EAOK_Sinod, lk 21
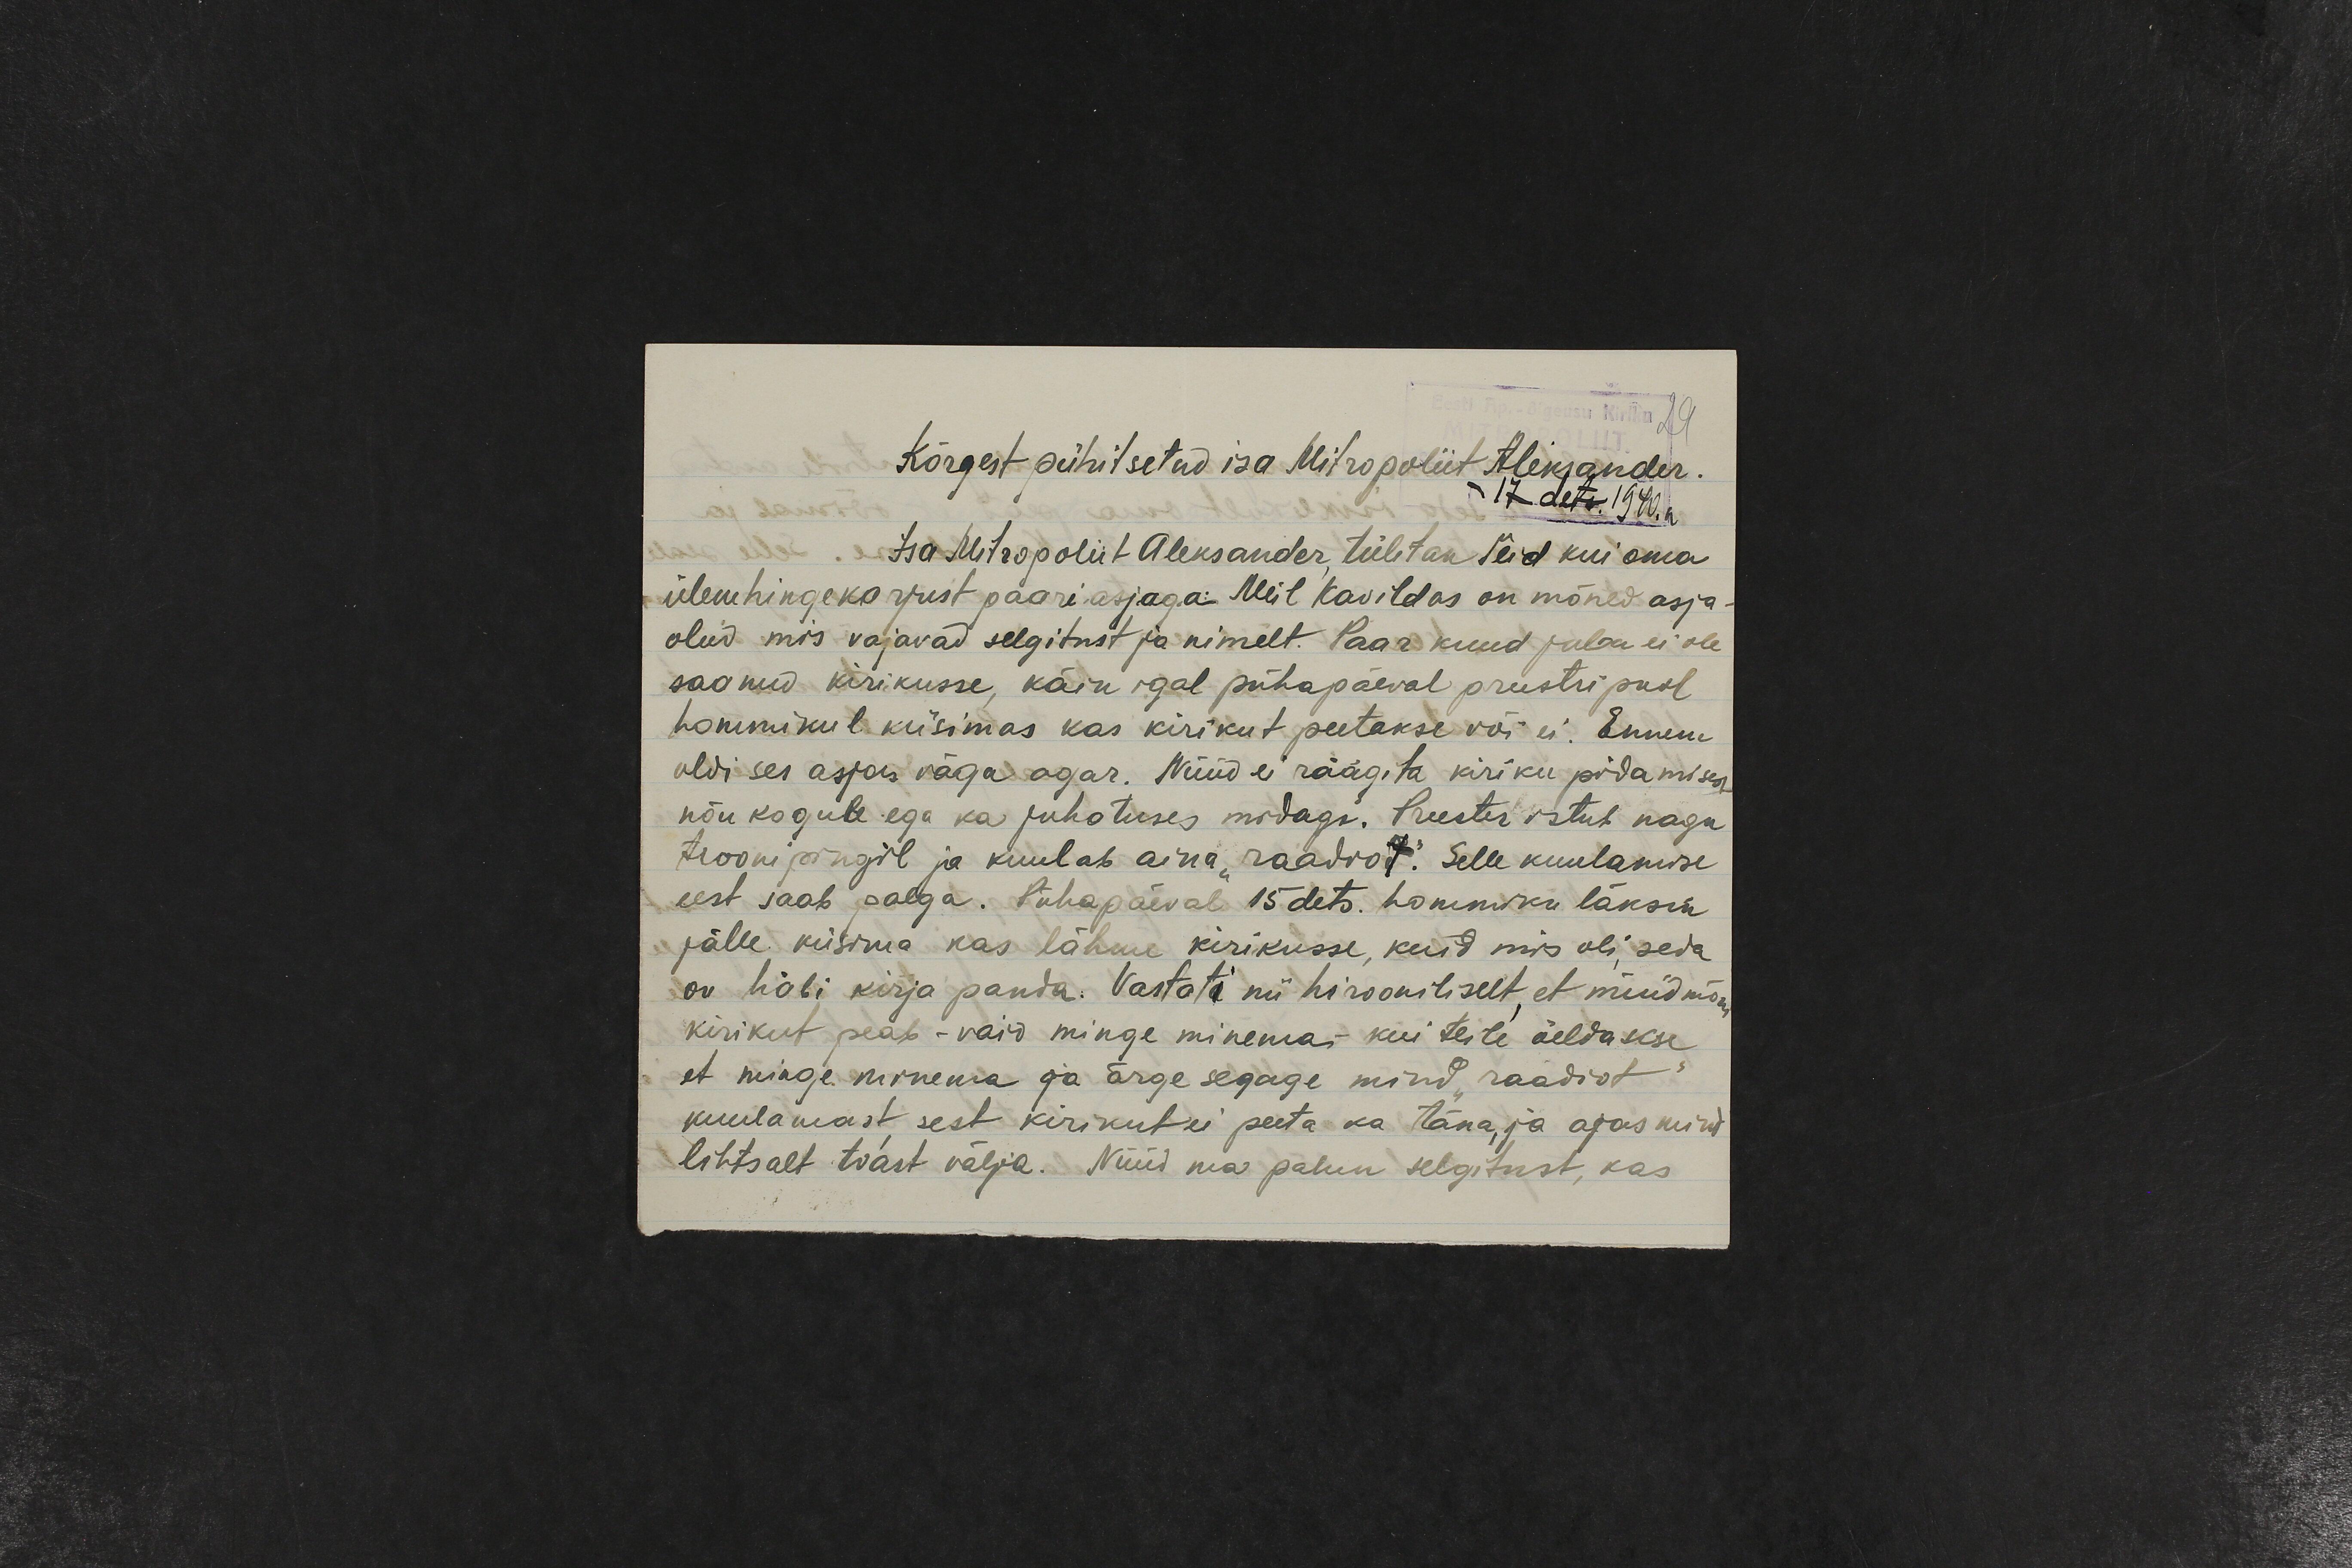
Kõrgest pühitsetud isa Mitropoliit Aleksander
17. dets. 1940. a.
Isa Mitropoliit Aleksander tülitan Teid kui oma
ülemhingekarjust paari asjaga. Meil Kavildas on mõned asja
olud, mis vajavad selgitust ja nimelt. Paar kuud juba ei ole
saanud kirikusse, käin igal pühapäeval preestri pool
hommikul küsimas kas kirikut peetakse või ei. Ennem
oldi ses asjas väga agar. Nüüd ei räägita kiriku pidamisest
nõu kogule ega ka juhatuses midagi. Preester istub nagu
trooni pingil ja kuulab aina "raadiot." Selle kuulamise
eest saab palga. Pühapäeval 15 dets. hommiku läksin
jälle küsima kas lähme kirikusse, kuid mis oli, seda
on häbi kirja panda. Vastati nii hirooniliselt, et nüüd mõni
kirikut peab – vaid minge minema – kui teile öeldakse
et minge minema ja ärge segage mind "raadiot"
kuulamast sest kirikut ei peeta ka täna, ja ajas mind
lihtsalt toast välja. Nüüd ma palun selgitust, kas